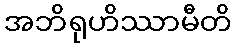
အဘိရုဟိဿာမီတိ